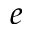
e